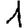
Digit: 1